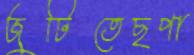
জুটিতেছপা